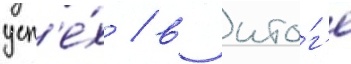
усп'е́х / в ито́г'е